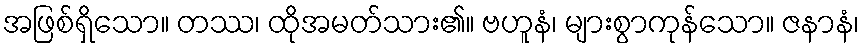
အဖြစ်ရှိသော။ တဿ၊ ထိုအမတ်သား၏။ ဗဟူနံ၊ များစွာကုန်သော။ ဇနာနံ၊